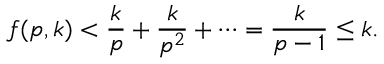
f ( p , k ) < { \frac { k } { p } } + { \frac { k } { p ^ { 2 } } } + \cdots = { \frac { k } { p - 1 } } \leq k .